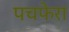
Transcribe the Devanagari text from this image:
पचफेरा